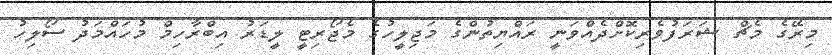
މިރޭގެ މެޗް ޝަރަފުވެރިކޮށްދެއްވަނީ ރައްްޔިތުންގެ މަޖިލީހުގެ މެޖޯރިޓީ ލީޑަރު އިބްރާހިމް މުހައްމަދު ސޯލިހު